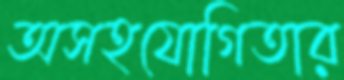
অসহযোগিতার